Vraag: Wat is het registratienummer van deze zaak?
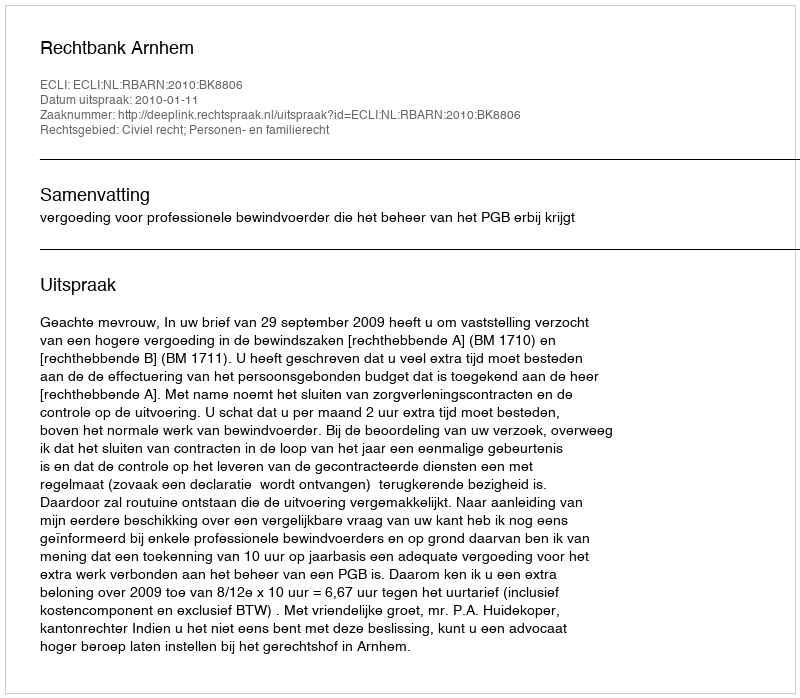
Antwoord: http://deeplink.rechtspraak.nl/uitspraak?id=ECLI:NL:RBARN:2010:BK8806